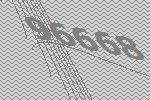
96668